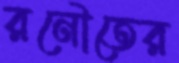
রনৌতের